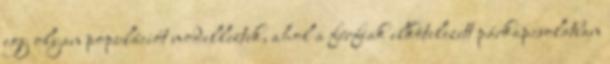
egy olyan populációt modelleztek, ahol a férﬁak elkötelezett párkapcsolatban